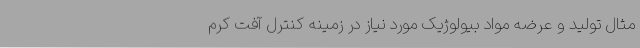
مثال تولید و عرضه مواد بیولوژیک مورد نیاز در زمینه کنترل آفت کرم